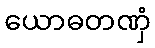
ယောဓတဏှံ